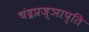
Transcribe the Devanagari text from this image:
चंद्रप्रज्ञाप्ति